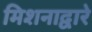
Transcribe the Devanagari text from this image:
मिशनाद्वारे